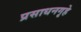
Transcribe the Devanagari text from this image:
प्रसाधनगृहे